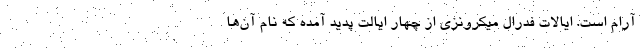
آرام است. ایالات فدرال میکرونزی از چهار ایالت پدید آمده که نام آن‌ها